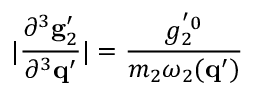
| \frac { \partial ^ { 3 } { \bf g } _ { 2 } ^ { \prime } } { \partial ^ { 3 } { \bf q } ^ { \prime } } | = \frac { g _ { 2 } ^ { ' 0 } } { m _ { 2 } \omega _ { 2 } ( { \bf q } ^ { \prime } ) }